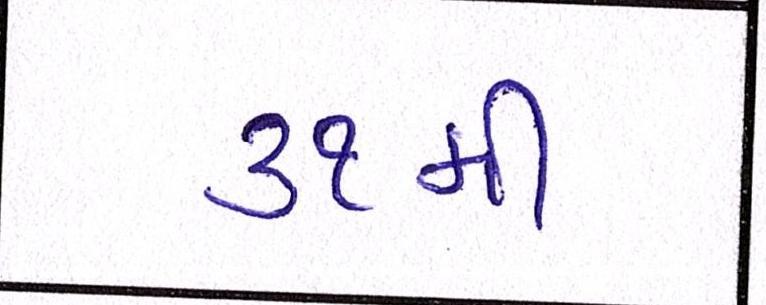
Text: ૩૧મી